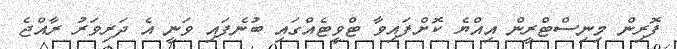
ފޮރިން މިނިސްޓްރީން އިއްޔެ ކޮށްފައިވާ ޓްވީޓެއްގައި ބުނެފައި ވަނީ އެ ދަރިވަރު ރާއްޖެ